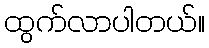
ထွက်လာပါတယ်။